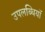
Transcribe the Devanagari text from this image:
उपलब्धियॉ